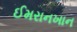
ઈમરાનખાન